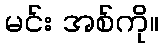
မင်း အစ်ကို။